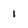
Character: 1